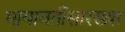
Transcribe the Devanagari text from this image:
मायावतींसारख्या